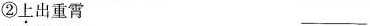
②上出重霄___